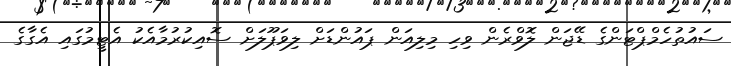
ސައުތުހެމްޕްޓަންގެ ޑޭޖަން ލޮވްރެން ވިހި މިލިއަން ޕައުންޑަށް ލިވަޕޫލަށް ސޮއިކުރުމާއެކު އެޓީމުގައި އެގާގެ